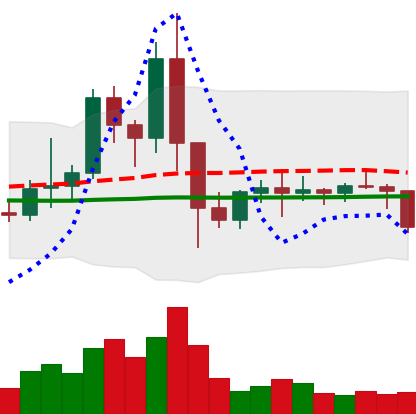
Ticker: EOS-USD
Chart end date: 2021-01-21
Forward return: 3.312%
Label: up_3_5